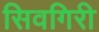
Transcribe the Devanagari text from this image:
सिवगिरी